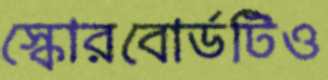
স্কোরবোর্ডটিও